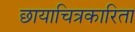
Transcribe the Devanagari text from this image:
छायाचित्रकारिता